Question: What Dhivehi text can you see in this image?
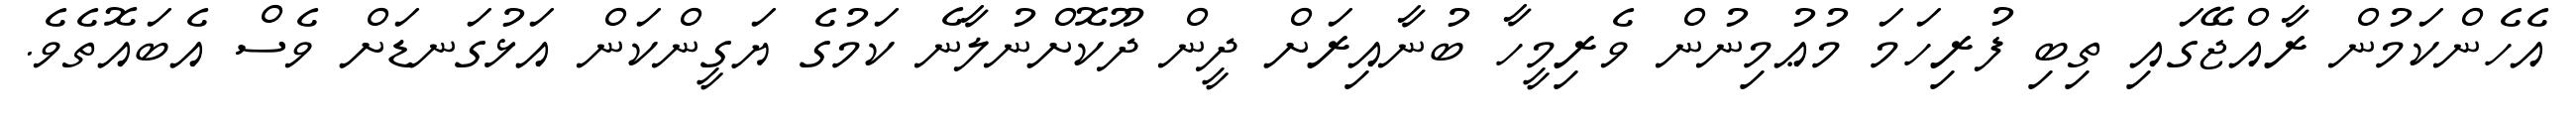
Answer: އެހެންކަމުން ރާއްޖޭގައި ތިބި ފުރިހަމަ މުޢުމިނުން ވެރިމީހާ ބުނާއިރަށް ދީން ދޫކޮށްނުލާނެ ކަމުގެ ޔަގީންކަން އަޅުގަނޑަށް ވެސް އެބައޮތެވެ.